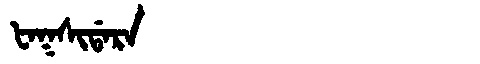
Manchu: ᡶᠠᡴᠰᡳᡩᠠᡵᠠ
Romanization: FAKSIDARA